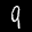
Label: 9